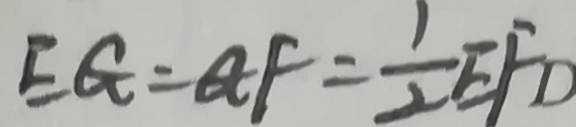
E G = Q F = \frac { 1 } { 2 } E F D